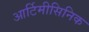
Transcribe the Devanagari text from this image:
आर्टिमीसिनिक